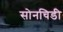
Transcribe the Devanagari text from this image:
सोनचिडी